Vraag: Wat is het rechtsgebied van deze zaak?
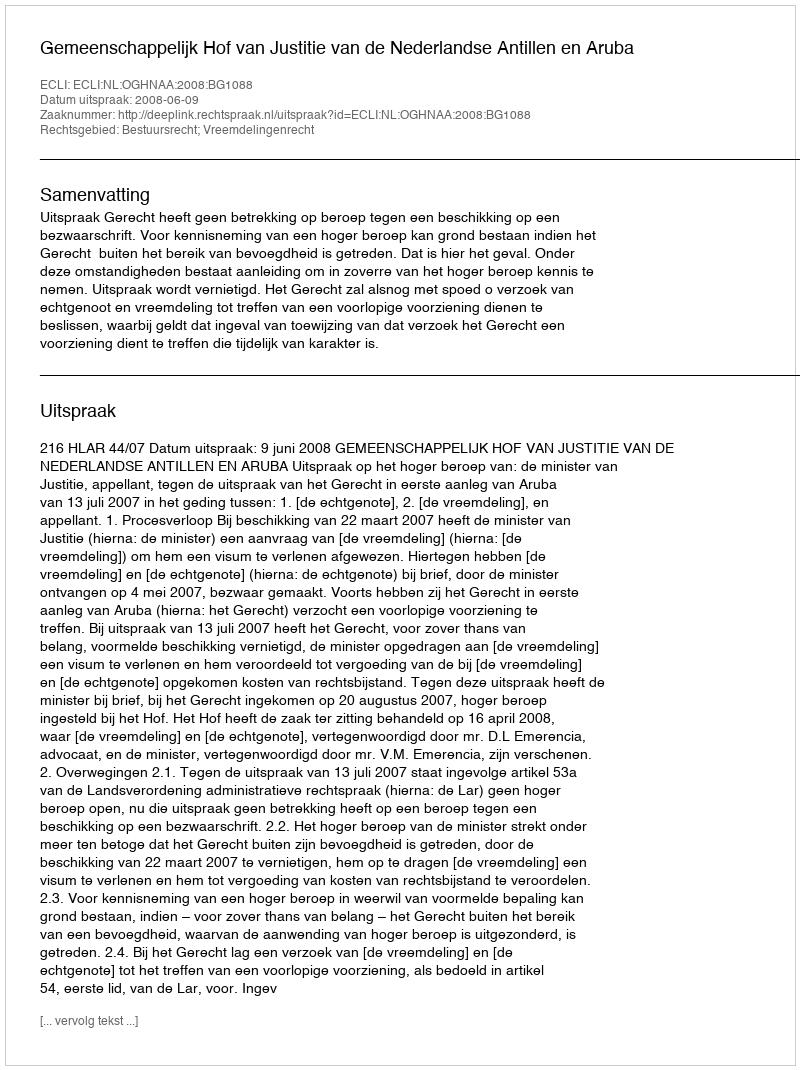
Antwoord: Bestuursrecht; Vreemdelingenrecht